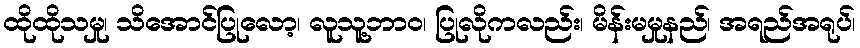
ထိုထိုသမှု၊ သိအောင်ပြုလော့၊ လူသူ့ဘာဝ၊ ပြုလိုကလည်း၊ မိန်းမမှုနည်၊ အရည်အရုပ်၊